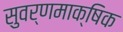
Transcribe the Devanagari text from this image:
सुवर्णमाक्षिक